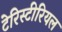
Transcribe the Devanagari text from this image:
टेरिस्टीरियल